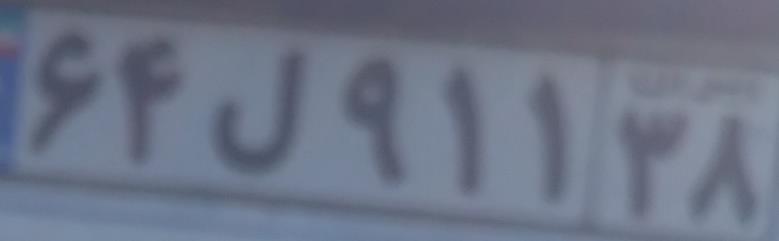
۶۴ل۹۱۱۳۸